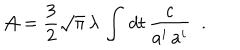
{ \cal A } = { \frac { 3 } { 2 } } \sqrt { \pi } \, \lambda \, \int \, d t \, { \frac { c } { a ^ { i } \, a ^ { i } } } \; \; .